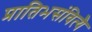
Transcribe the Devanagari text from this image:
प्रातिभसंवित्यै